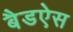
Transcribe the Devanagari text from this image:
बैडऐस